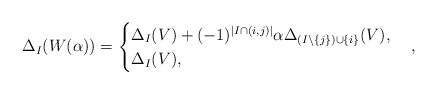
\begin{align*}\Delta_I(W(\alpha)) = \begin{cases}\Delta_I(V) + (-1)^{|I\cap (i,j)|}\alpha\Delta_{(I\setminus\{j\})\cup\{i\}}(V), & \\\Delta_I(V), & \end{cases},\end{align*}